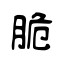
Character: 脆